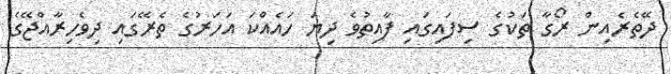
ދޭތެރެއިން ރޯގާ ތަކުގެ ސިފައިގައި ފާއިތުވެ ދިޔަ ހައެއްކަ އަހަރުގެ ތެރޭގައި ދިވެހިރާއްޖޭގެ